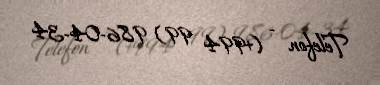
Telefon - (+994 99) 986-04-34